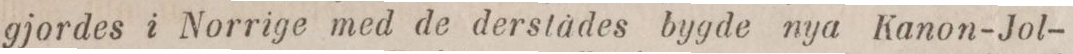
gjordes i Norrige med de derstädes bygde nya Kanon-Jol-